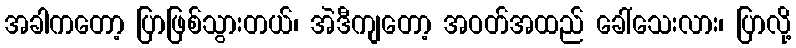
အခါကတော့ ပြာဖြစ်သွားတယ်၊ အဲဒီကျတော့ အဝတ်အထည် ခေါ်သေးလား၊ ပြာလို့